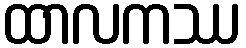
ထာလကဿ